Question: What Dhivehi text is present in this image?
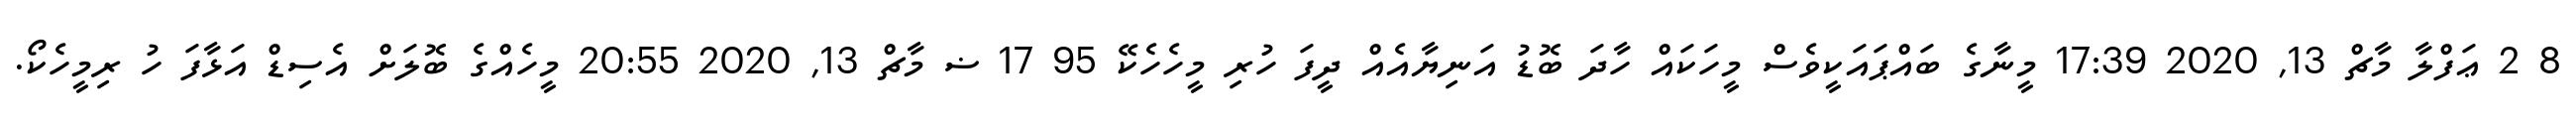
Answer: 8 2 ޢަފްލާ މާޗް 13, 2020 17:39 މީނާގެ ބައްޕައަކީވެސް މީހަކައް ހާދަ ބޮޑު އަނިޔާއެއް ދީފަ ހުރި މީހެހެކޭ 95 17 ޟ މާޗް 13, 2020 20:55 މީހެއްގެ ބޮލަށް އެސިޑް އަޅާފަ ހު ރިމީހެކޯ.